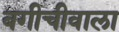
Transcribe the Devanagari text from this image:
बगीचीवाला